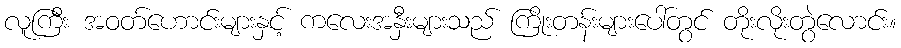
လူကြီး အဝတ်ဟောင်းများနှင့် ကလေးအနှီးများသည် ကြိုးတန်းများပေါ်တွင် တိုးလိုးတွဲလောင်း။